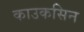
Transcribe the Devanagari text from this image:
काउकसिन